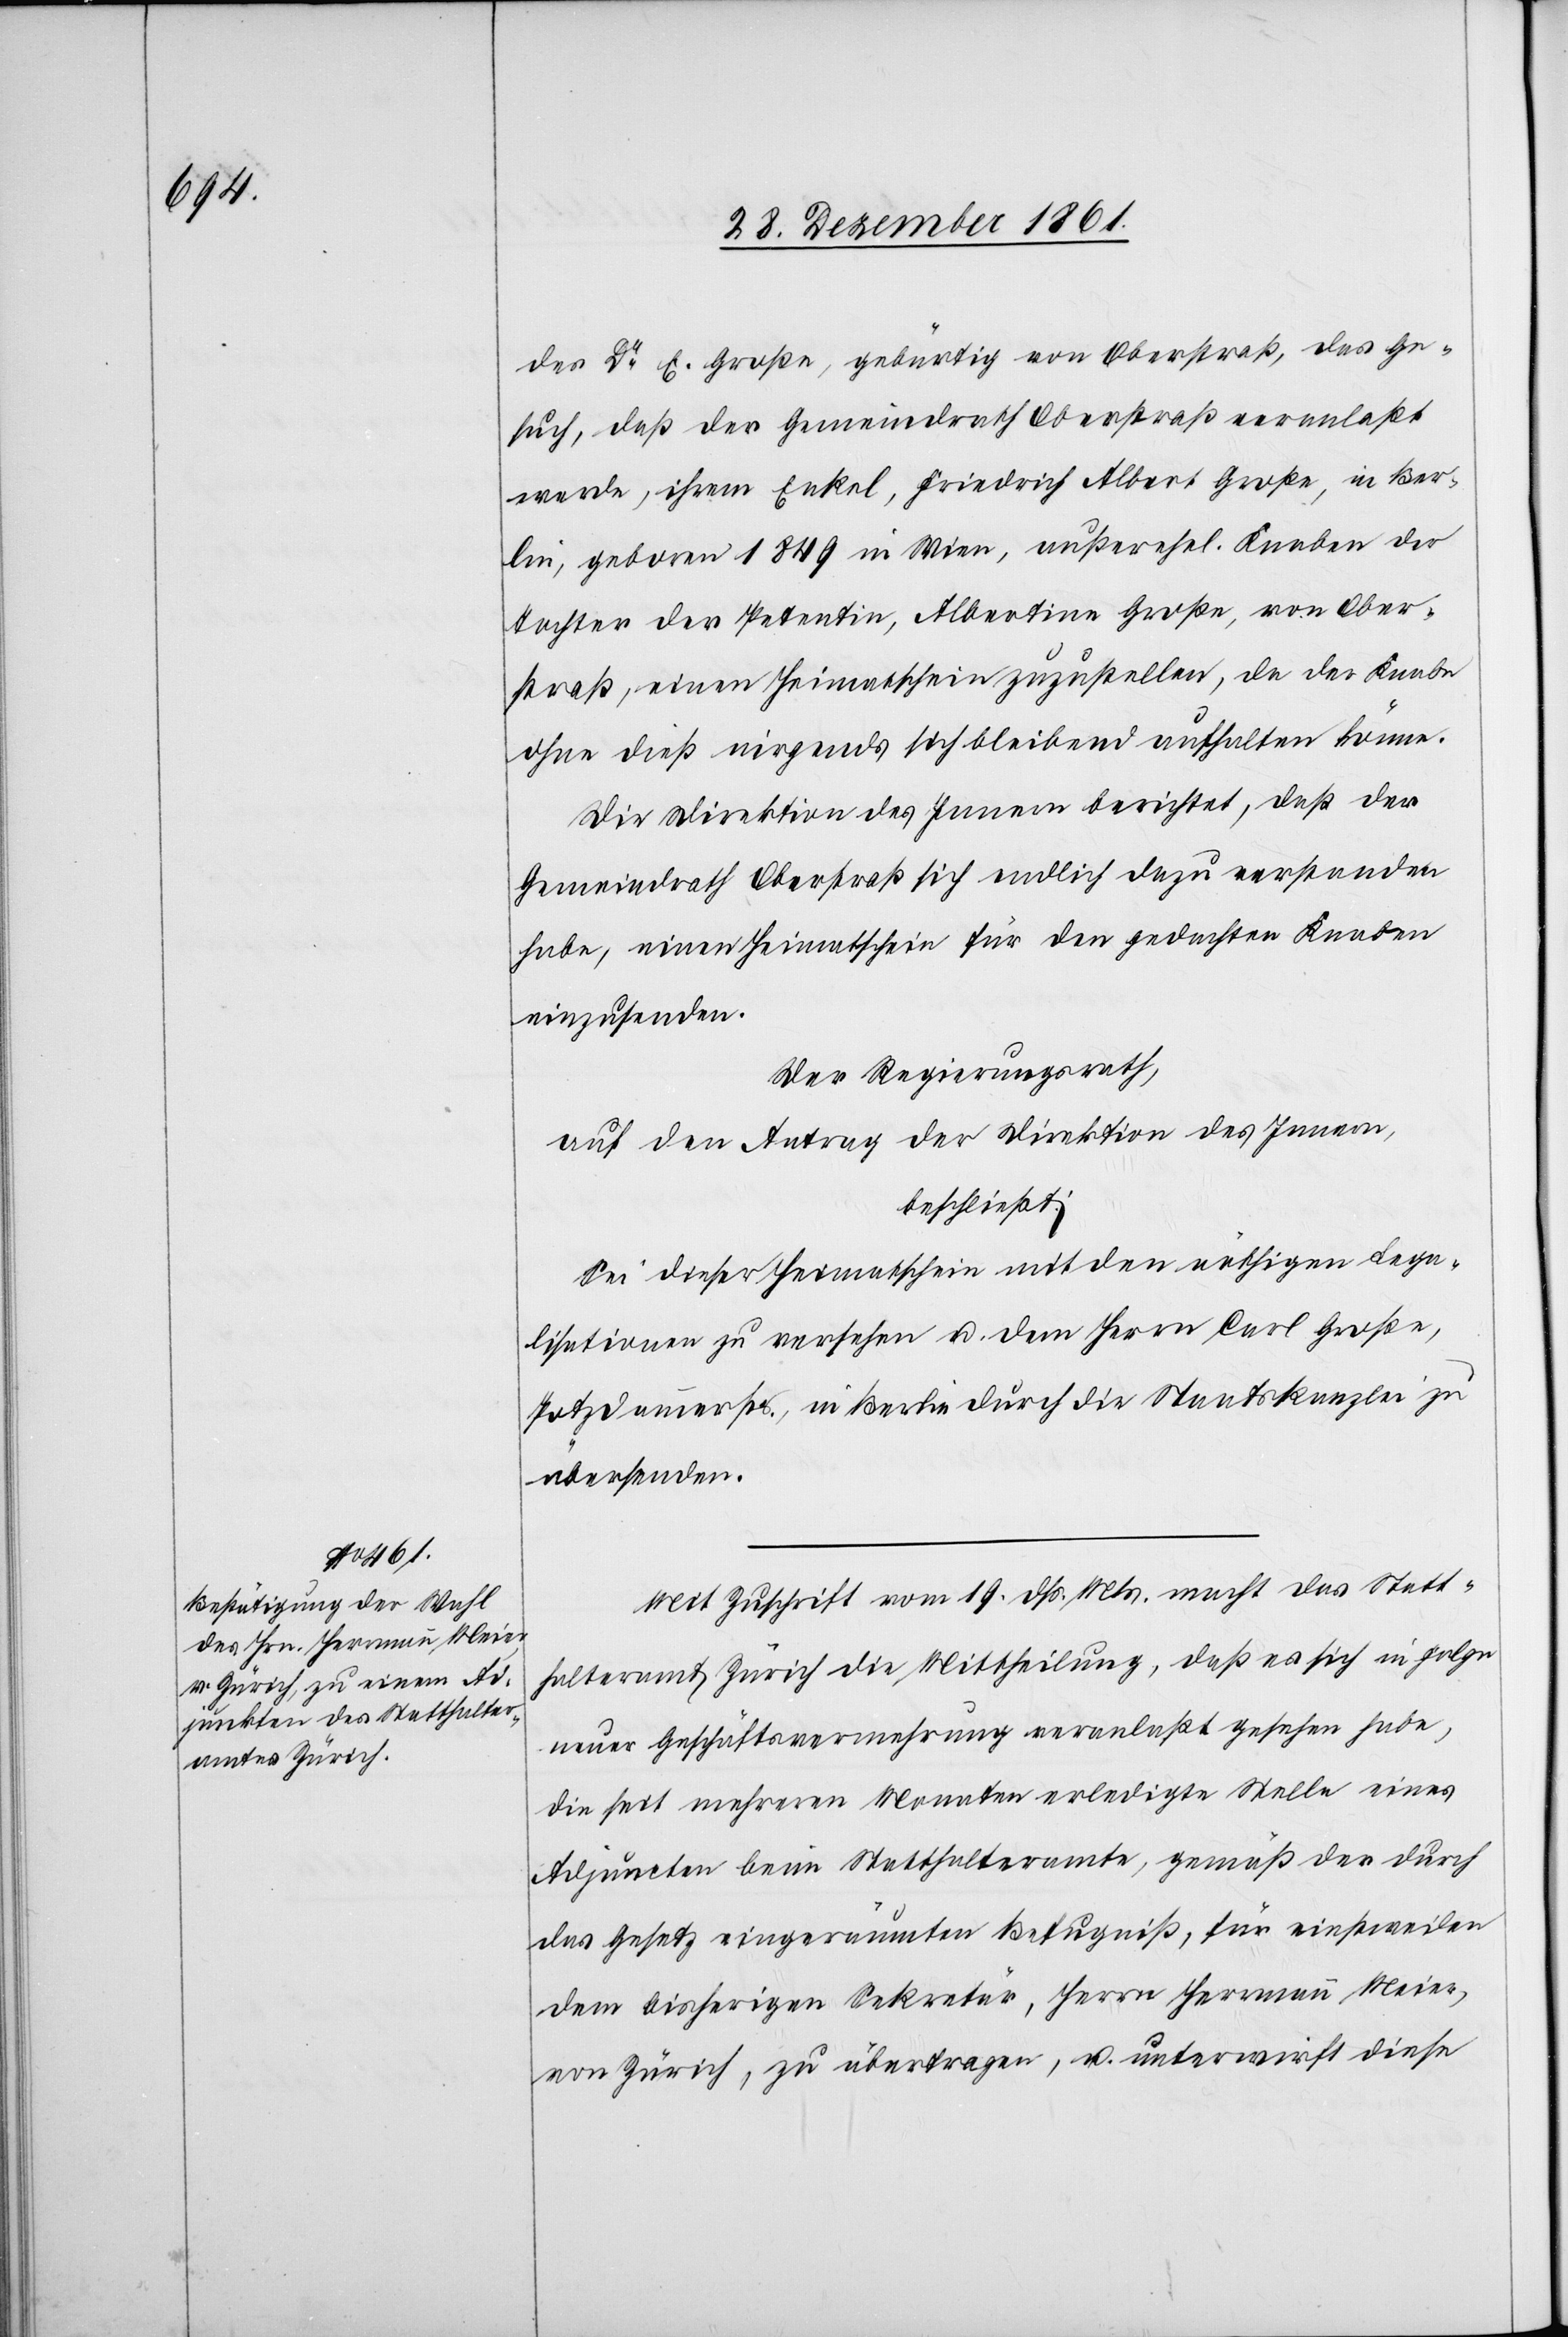
des Dr C. Große, gebürtig von Oberstraß, das Ge¬
such, daß der Gemeindrath Oberstraß veranlaßt
werde, ihrem Enkel, Friedrich Albert Große, in Ber¬
lin, geboren 1849 in Wien, außerehel. Knaben der
Tochter der Petentin, Albertina Große, von Ober¬
straß, einen Heimatschein zuzustellen, da der Knabe
ohne dieß nirgends sich bleibend aufhalten könne.
Die Direktion des Innern berichtet, daß der
Gemeindrath Oberstraß sich endlich dazu verstanden
habe, einen Heimatschein für den gedachten Knaben
einzusenden.
Der Regierungsrath,
auf den Antrag der Direktion des Innern,
beschließt:
Sei dieser Heimatschein mit den nöthigen Lega¬
lisationen zu versehen u. dem Herrn Carl Große,
Potsdammersee, in Berlin durch die Staatskanzlei zu
übersenden.
Mit Zuschrift vom 19 dss. Mts. macht das Statt¬
halteramt Zürich die Mittheilung, daß es sich in Folge
neuer Geschäftsvermehrung veranlaßt gesehen habe,
die seit mehreren Monaten erledigte Stelle eines
Adjuncten beim Statthalteramte, gemäß der durch
das Gesetz eingeräumten Befugniß, für einstweilen
dem bisherigen Sekretär, Herrn Hermann Meier,
von Zürich, zu übertragen, u. unterwirft diese